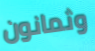
وثمانون